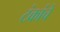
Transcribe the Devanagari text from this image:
टंकांचे